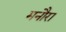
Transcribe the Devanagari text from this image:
मनौरा